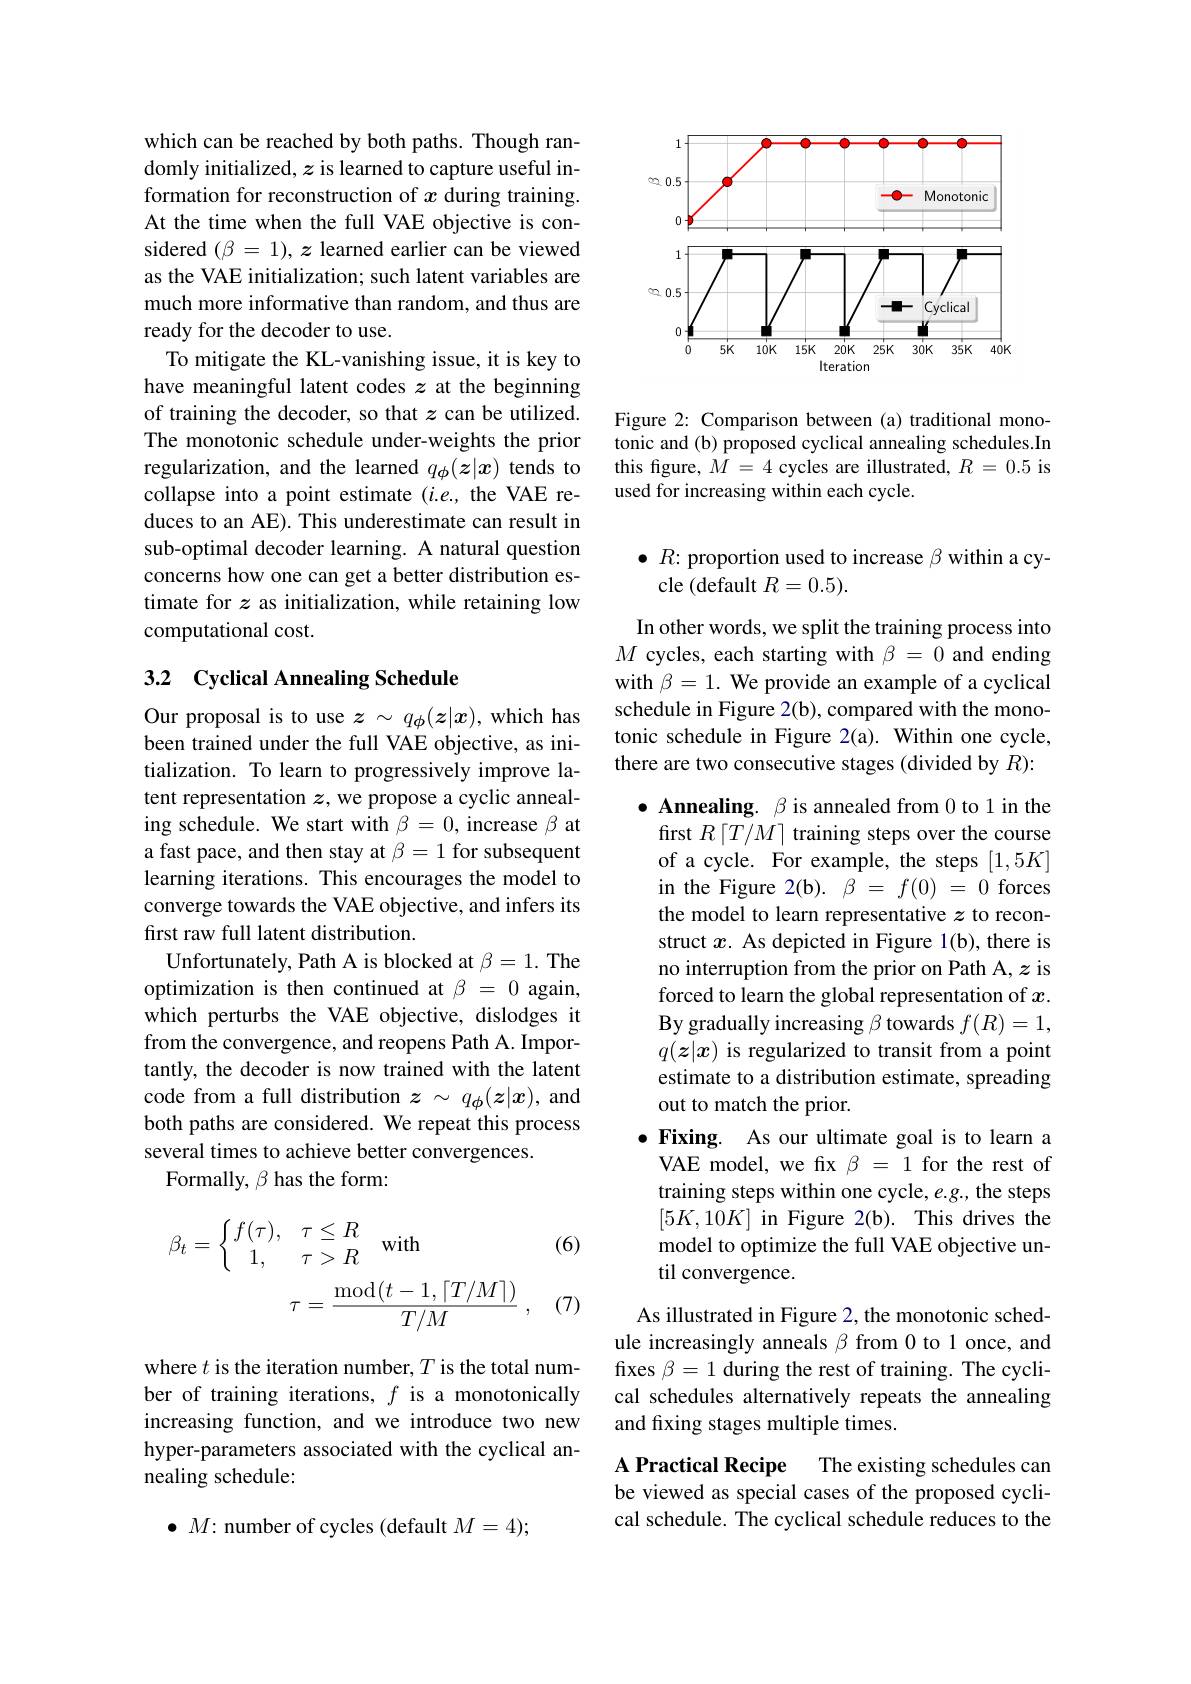
which can be reached by both paths. Though randomly initialized, $z$ is learned to capture useful information for reconstruction of $x$ during training. At the time when the full VAE objective is considered $(\beta=1),\boldsymbol{z}$ learned earlier can be viewed as the VAE initialization; such latent variables are much more informative than random, and thus are ready for the decoder to use.
To mitigate the KL-vanishing issue, it is key to have meaningful latent codes $z$ at the beginning of training the decoder, so that $z$ can be utilized. The monotonic schedule under-weights the prior regularization, and the learned $q_\phi(z|x)$ tends to collapse into a point estimate $(i.e.$, the VAE reduces to an AE). This underestimate can result in sub-optimal decoder learning. A natural question concerns how one can get a better distribution estimate for $z$ as initialization, while retaining low computational cost.

## 3.2 Cyclical Annealing Schedule

Our proposal is to use $z\sim q_\phi(z|x)$, which has been trained under the full VAE objective, as initialization. To learn to progressively improve latent representation $z$, we propose a cyclic annealing schedule. We start with $\beta=0$, increase $\beta$ at a fast pace, and then stay at $\beta=1$ for subsequent learning iterations. This encourages the model to converge towards the VAE objective, and infers its first raw full latent distribution.
Unfortunately, Path A is blocked at $\beta=1.$ The optimization is then continued at $\beta=0$ again, which perturbs the VAE objective, dislodges it from the convergence, and reopens Path A. Importantly, the decoder is now trained with the latent code from a full distribution $z\sim q_\phi(z|x)$, and both paths are considered. We repeat this process several times to achieve better convergences.
Formally, $\beta$ has the form:

(6)
$$\left.\beta_{t}=\left\{\begin{matrix}f(\tau),&\tau\leq R\\1,&\tau>R\end{matrix}\right.\right.\mathrm{with}\\\tau=\frac{\mathrm{mod}(t-1,\lceil T/M\rceil)}{T/M}\:,$$
(7)

where $t$ is the iteration number, $T$ is the total number of training iterations, $f$ is a monotonically increasing function, and we introduce two new hyper-parameters associated with the cyclical annealing schedule:

$\bullet M{:}$ number of cycles (default $M=4);$

<FigureHere>

Figure 2: Comparison between (a) traditional monotonic and (b) proposed cyclical annealing schedules.In this figure, $M=4$ cycles are illustrated, $R=0.5$ is used for increasing within each cycle.

$\bullet R{:}$ proportion used to increase $\beta$ within a cy-
cle (default $R=0.5).$

In other words, we split the training process into $M$ cycles, each starting with $\beta=0$ and ending with $\beta=1.$ We provide an example of a cyclical schedule in Figure 2(b), compared with the monotonic schedule in Figure 2(a). Within one cycle, there are two consecutive stages (divided by $R):$

$\bullet$ Annealing. $\beta$ is annealed from 0 to 1 in the first $R\left\lceil T/M\right\rceil$ training steps over the course of a cycle. For example, the steps $[1,5K]$ the model to learn representative $z$ to reconstruct $x$. As depicted in Figure 1(b), there is no interruption from the prior on Path A, $z$ is forced to learn the global representation of $x.$ By gradually increasing $\beta$ towards $f(R)=1$, $q(z|x)$ is regularized to transit from a point estimate to a distribution estimate, spreading out to match the prior.
$\bullet$ Fixing. As our ultimate goal is to learn a
VAE model, we fix $\beta=1$ for the rest of training steps within one cycle, e.g., the steps $[5K,10K]$ in Figure 2(b). This drives the model to optimize the full VAE objective until convergence.

As illustrated in Figure 2, the monotonic schedule increasingly anneals $\beta$ from 0 to 1 once, and fixes $\beta=1$ during the rest of training. The cyclical schedules alternatively repeats the annealing and fixing stages multiple times.

A Practical Recipe The existing schedules can be viewed as special cases of the proposed cyclical schedule. The cyclical schedule reduces to the